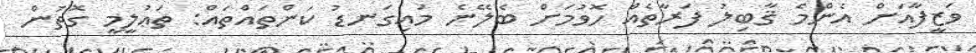
ވަޒީފާއަށް އެންމެ ޤާބިލު ފަރާތެއް ހޮވުމަށް ބެލޭނެ މައިގަނޑު ކަންތައްތައް: ތަޢުލީމީ ގޮތުން